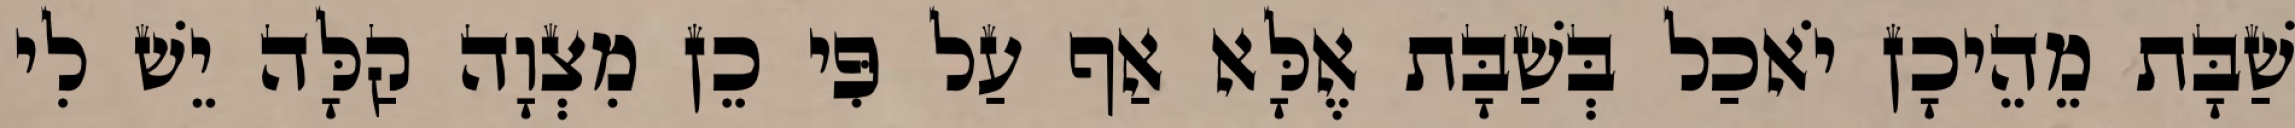
שַׁבָּת מֵהֵיכָן יֹאכַל בְּשַׁבָּת אֶלָּא אַף עַל פִּי כֵן מִצְוָה קַלָּה יֵשׁ לִי